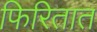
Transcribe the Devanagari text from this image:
फिरितात